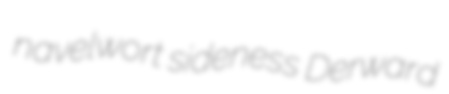
navelwort sideness Derward